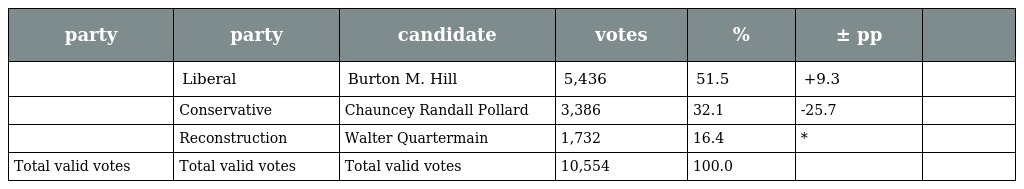
| party | party | candidate | votes | % | ± pp |  |
 | --- | --- | --- | --- | --- | --- | --- |
 |  | Liberal | Burton M. Hill | 5,436 | 51.5 | +9.3 |  |
 |  | Conservative | Chauncey Randall Pollard | 3,386 | 32.1 | -25.7 |  |
 |  | Reconstruction | Walter Quartermain | 1,732 | 16.4 | * |  |
 | Total valid votes | Total valid votes | Total valid votes | 10,554 | 100.0 |  |  |